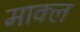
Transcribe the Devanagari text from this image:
माक्ल